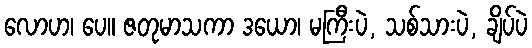
လောဟ၊ ပေ။ ဇတုမာသကာ ဒယော၊ မကြီးပဲ, သစ်သားပဲ, ချိပ်ပဲ